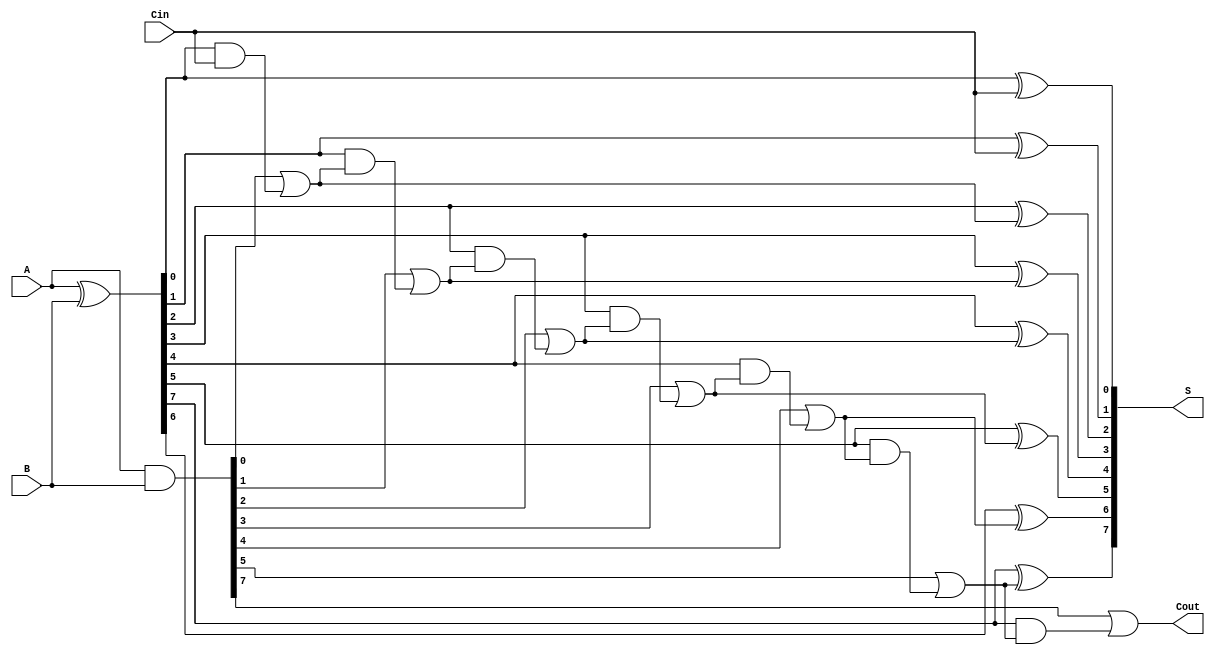
module KoggeStoneAdder #(parameter n = 8) (
    input  [n-1:0] A,      // First n-bit input
    input  [n-1:0] B,      // Second n-bit input
    input          Cin,     // Carry-in
    output [n-1:0] S,      // Sum output
    output         Cout     // Carry-out
);

    // Generate and Propagate signals
    wire [n-1:0] G; // Generate signals
    wire [n-1:0] P; // Propagate signals

    assign G = A & B;          // Generate
    assign P = A ^ B;          // Propagate

    // Carry signals
    wire [n-1:0] C [0:1]; // Carry signals for two stages
    assign C[0][0] = Cin;  // Initial carry-in for stage 0

    // Stage 0 carry generation
    genvar i;
    generate
        for (i = 1; i < n; i = i + 1) begin : stage0
            assign C[0][i] = G[i-1] | (P[i-1] & C[0][i-1]);
        end
    endgenerate

    // Stage 1 carry generation
    generate
        for (i = 1; i < n; i = i + 1) begin : stage1
            assign C[1][i] = G[i] | (P[i] & G[i-1]) | (P[i] & P[i-1] & C[0][i-2]);
        end
    endgenerate

    // Final carry-out
    assign Cout = G[n-1] | (P[n-1] & C[0][n-2]);

    // Sum calculation
    assign S[0] = P[0] ^ Cin; // First sum bit
    generate
        for (i = 1; i < n; i = i + 1) begin : sum_calc
            assign S[i] = P[i] ^ C[0][i-1];
        end
    endgenerate

endmodule